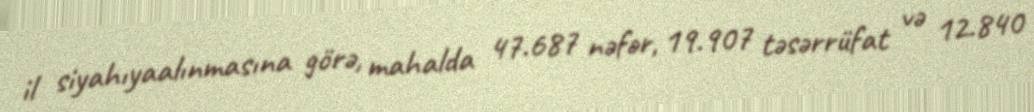
il siyahıyaalınmasına görə, mahalda 47.687 nəfər, 19.907 təsərrüfat və 12.840